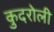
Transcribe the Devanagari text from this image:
कुदरोली